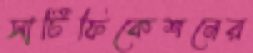
সার্টিফিকেশনের